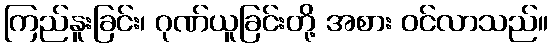
ကြည်နူးခြင်း၊ ဂုဏ်ယူခြင်းတို့ အစား ဝင်လာသည်။